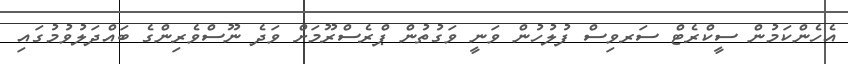
އެހެންކަމުން ސީކްރެޓް ސަރވިސް ފުލުހުން ވަނީ ވަގުތުން ޕްރެސްރޫމަށް ވަދެ ނޫސްވެރިންގެ ބައްދަލުވުމުގައި